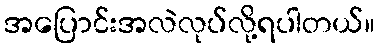
အပြောင်းအလဲလုပ်လို့ရပါတယ်။